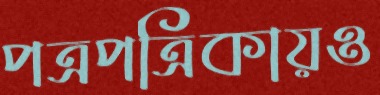
পত্রপত্রিকায়ও